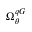
\Omega _ { \theta } ^ { q G }